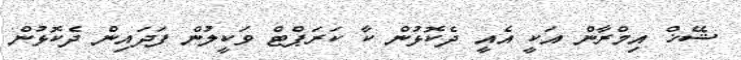
ޝޭޚް އިމްރާން އަކީ އެއީ ދެކޮޅުން ކާ ކަރަޕްޓް ވަކީލުން ފަދައިން ދެކޮޅުން